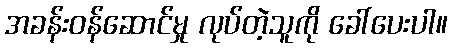
အခန်းဝန်ဆောင်မှု လုပ်တဲ့သူကို ခေါ်ပေးပါ။